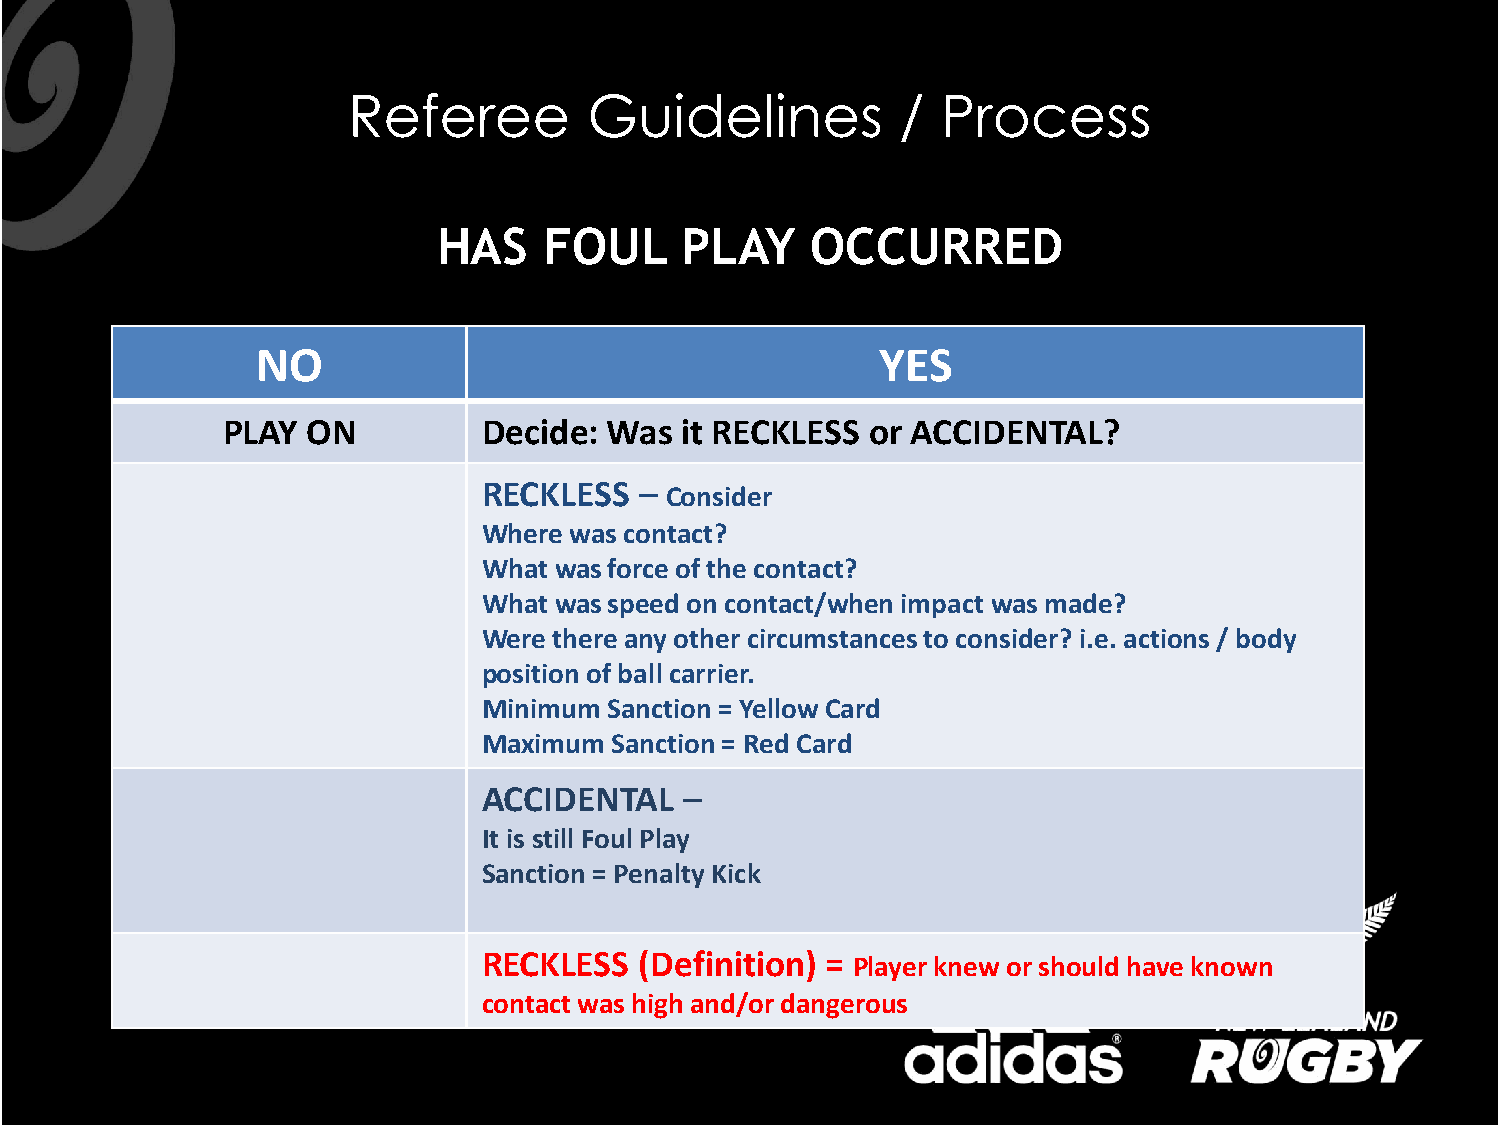
Referee         Guidelines           / Process
 HAS    FOUL     PLAY     OCCURRED
 NO                                       YES
 PLAY ON          Decide: Was  it RECKLESS  or ACCIDENTAL?
 RECKLESS
 – Consider
 Where was contact?
 What was force of the contact?
 What was speed on contact/when impact was made?
 Were there any other circumstances to consider? i.e. actions / body
 position of ball carrier.
 Minimum Sanction = Yellow Card
 Maximum Sanction = Red Card
 ACCIDENTAL
 –
 It is still Foul Play
 Sanction = Penalty Kick
 RECKLESS  (Definition) =
 Player knew or should have known
 contact was high and/or dangerous